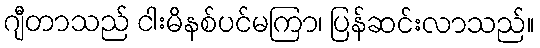
ဂျီတာသည် ငါးမိနစ်ပင်မကြာ၊ ပြန်ဆင်းလာသည်။